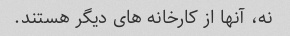
نه، آنها از کارخانه های دیگر هستند.